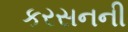
કરસનની